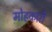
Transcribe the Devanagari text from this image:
मोहकारी